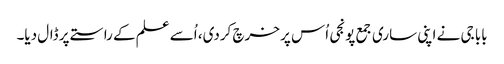
بابا جی نے اپنی ساری جمع پونجی اُس پر خرچ کردی، اُسے علم کے راستے پر ڈال دیا۔